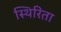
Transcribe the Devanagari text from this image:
स्थिरिता